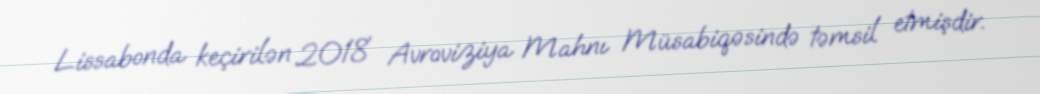
Lissabonda keçirilən 2018 Avroviziya Mahnı Müsabiqəsində təmsil etmişdir.